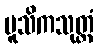
မူသိကသုတ္တံ